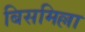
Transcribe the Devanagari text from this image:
बिसमिल्ला